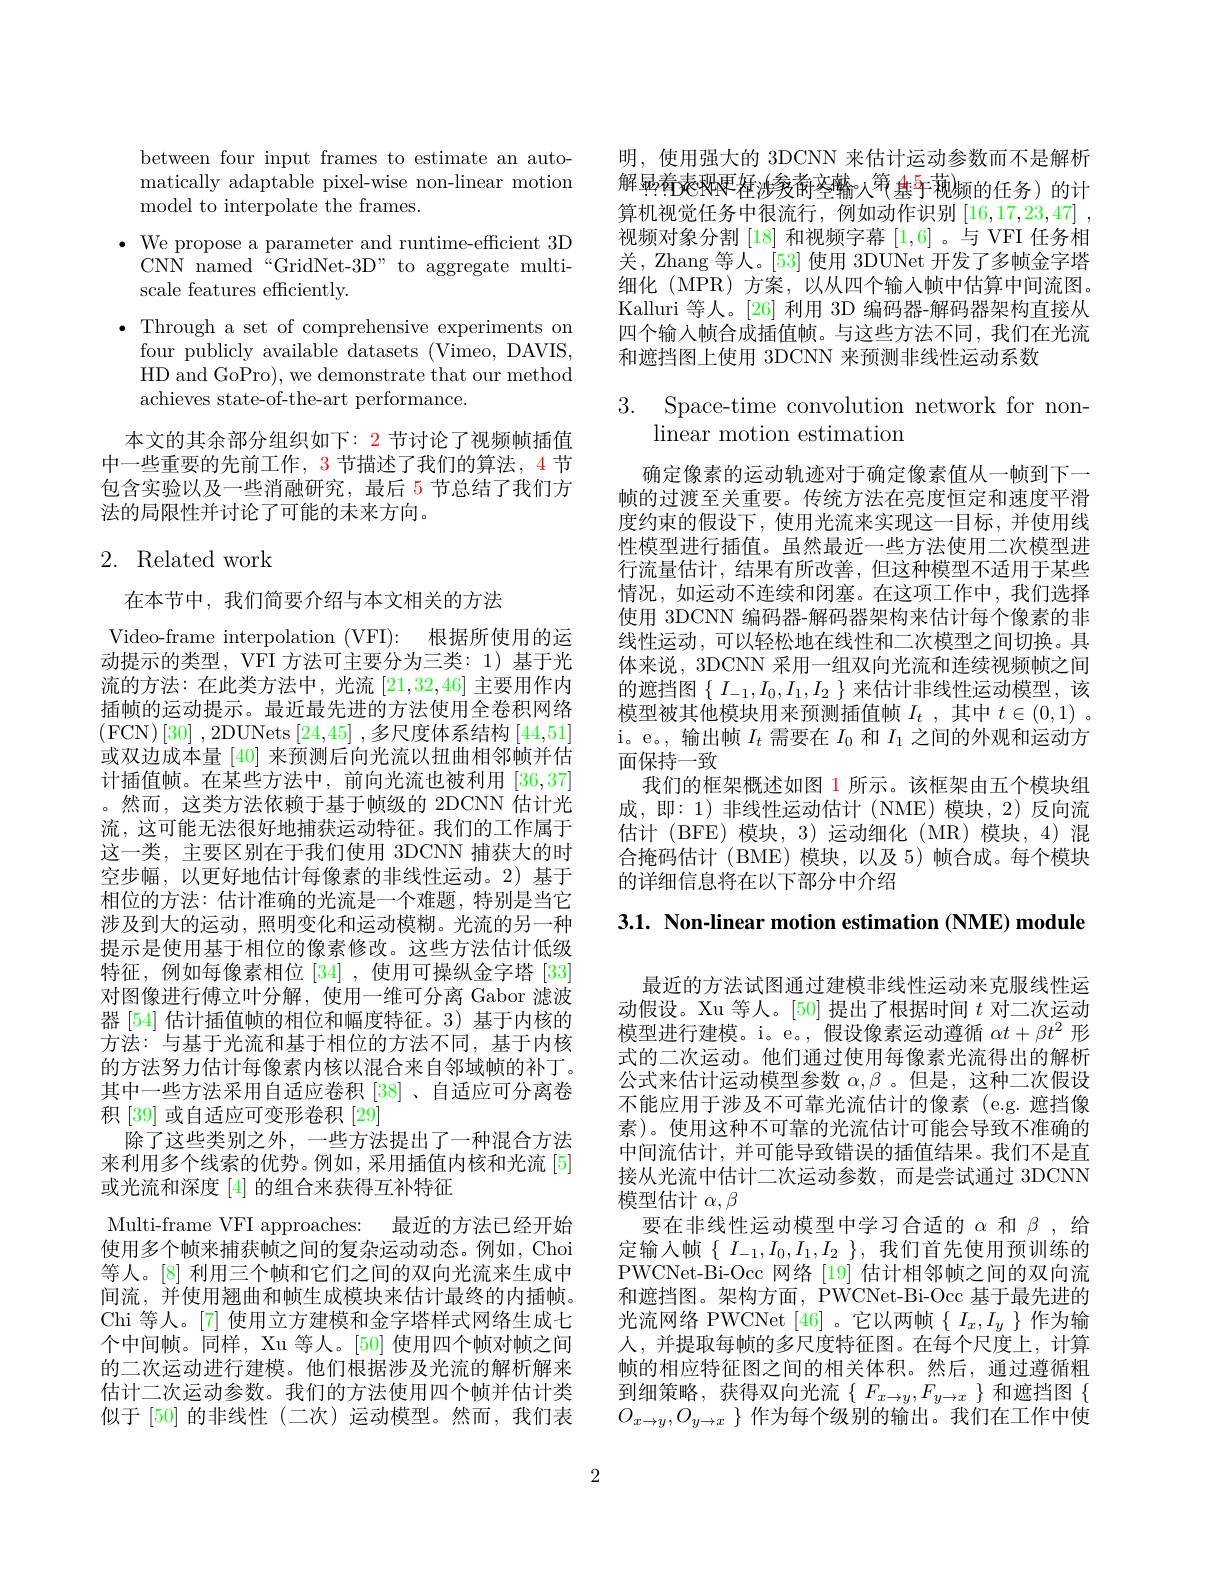
between four input frames to estimate an automatically adaptable pixel-wi model to interpolate the fra
$\bullet$ We propose a parameter and runtime-efficient 3D
CNN named“GridNet-3D” to aggregate multi-
scale features efficiently.
·Through a set of comprehensive experiments on
four publicly available data HD and GoPro), we demonstrate that our method achieves state-of-the-art pe

本文的其余部分组织如下：2 节讨论了视频帧插值中一些重要的先前工作，3 节描述了我们的算法，4 节包含实验以及一些消融研究，最后 5 节总结了我们方法的局限性并讨论了可能的未来方向。

# 2. Related work

在本节中，我们简要介绍与本文相关的方法
Video-frame interpolation (VFI): 根据所使用的运动提示的类型，VFI 方法可主要分为三类：1)基于光流的方法：在此类方法中，光流[21,32,46]主要用作内插帧的运动提示。最近最先进的方法使用全卷积网络$\left ( \mathrm{FCN}\right ) [ 30]$ ,2DUNets $\left [ 24, 45\right ]$ ,多尺度体系结构$\left[44,51\right]$ 或双边成本量[40]来预测后向光流以扭曲相邻帧并估计插值帧。在某些方法中，前向光流也被利用[36,37] 。然而，这类方法依赖于基于帧级的 2DCNN 估计光流，这可能无法很好地捕获运动特征。我们的工作属于这一类，主要区别在于我们使用 3DCNN 捕获大的时空步幅，以更好地估计每像素的非线性运动。2)基于相位的方法：估计准确的光流是一个难题，特别是当它涉及到大的运动，照明变化和运动模糊。光流的另一种提示是使用基于相位的像素修改。这些方法估计低级特征，例如每像素相位[34] ,使用可操纵金字塔[33] 对图像进行傅立叶分解，使用一维可分离 Gabor 滤波器[54]估计插值帧的相位和幅度特征。3)基于内核的方法：与基于光流和基于相位的方法不同，基于内核的方法努力估计每像素内核以混合来自邻域帧的补丁。其中一些方法采用自适应卷积 [38]、自适应可分离卷积[39] 或自适应可变形卷积 [29]
除了这些类别之外，一些方法提出了一种混合方法来利用多个线索的优势。例如，采用插值内核和光流 [5] 或光流和深度[4]的组合来获得互补特征
Multi-frame VFI approaches: 最近的方法已经开始使用多个帧来捕获帧之间的复杂运动动态。例如，Choi 等人。[8] 利用三个帧和它们之间的双向光流来生成中间流，并使用翘曲和帧生成模块来估计最终的内插帧。Chi 等人。[7] 使用立方建模和金字塔样式网络生成七个中间帧。同样，Xu 等人。[50] 使用四个帧对帧之间的二次运动进行建模。他们根据涉及光流的解析解来估计二次运动参数。我们的方法使用四个帧并估计类似于[50]的非线性(二次)运动模型。然而，我们表

明，使用强大的 3DCNN 来估计运动参数而不是解析解显着爽艰表来来来来来来来来来来来来$^{\textcircled{2}}$ 算机视觉任务中很流行，例如动作识别[16,17,23视频对象分割[18] 和视频字幕[1,6] 。与 VFI 任务相关，Zhang 等人。[53] 使用 3DUNet 开细化(MPR)方案，以从四个输入帧中估算中间流图。Kalluri 等人。[26] 利用 3D 编码器-解码器架构直接从四个输入帧合成插值帧。与这些方法不同，我们在光流和遮挡图上使用 3DCNN 来预测非线性运动系数

3. Space-time convolution
linear motion estimation

确定像素的运动轨迹对于确定像素值从一帧到下一帧的过渡至关重要。传统方法在亮度恒定和速度平滑度约束的假设下，使用光流来实现这一目标，并使用线性模型进行插值。虽然最近一些方法使用二次模型进行流量估计，结果有所改善，但这种模型不适用于某些情况，如运动不连续和闭塞。在这项工作中，我们选择使用 3DCNN 编码器-解码器架构来估计每个像素的非线性运动，可以轻松地在线性和二次模型之间切换。具体来说，3DCNN 采用一组双向光流和连续视频帧之间的遮挡图$\{I_{-1},I_0,I_1,I_2\}$来估计非线性运动模型，该模型被其他模块用来预测插值帧$I_t$ ,其中$t\in ( 0, 1)$ . i。e。, 输出帧$I_t$需要在$I_0$和$I_1$之间的外观和运动方面保持一致
我们的框架概述如图 1 所示。该框架由五个模块组成，即：1)非线性运动估计(NME)模块，2)反向流估计 (BFE) 模块，3) 运动细化 (MR) 模块，4) 混合掩码估计(BME)模块，以及 5)帧合成。每个模块的详细信息将在以下部分中介绍

3.1. Non-linear motion estimation (NME) module

最近的方法试图通过建模非线性运动来克服线性运动假设。Xu 等人。[50] 提出了根据时间$t$对二次运动模型进行建模。i。e。,假设像素运动遵循$\alpha t+\beta t^2$形式的二次运动。他们通过使用每像素光流得出的解析公式来估计运动模型参数$\alpha,\beta$ 。但是，这种二次假设不能应用于涉及不可靠光流估计的像素(e.g.遮挡像素)。使用这种不可靠的光流估计可能会导致不准确的中间流估计，并可能导致错误的插值结果。我们不是直接从光流中估计二次运动参数，而是尝试通过 3DCNN 模型估计$\alpha,\beta$
要在非线性运动模型中学习合适的$\alpha$和$\beta$,给定输入帧$\{I_{-1},I_{0},I_{1},I_{}$ PWCNet-Bi-Occ 网络[19]估计相邻帧之间的双向流和遮挡图。架构方面，PWCNet-Bi-Occ 基于最光流网络 PWCNet[46]。它以两帧$\{I_x,I_y\}$作为输人，并提取每帧的多尺度特征图。在每个尺度上，计算帧的相应特征图之间的相关体积。然后，通过遵循粗到细策略，获得双向光流$\{\begin{array}{c}F_{x\to y},F_{y\to x}\end{array}\}$和遮挡图$\{$ $O_{x\to y},O_{y\to x}\}$作为每个级别的输出。我们在工作中使

2